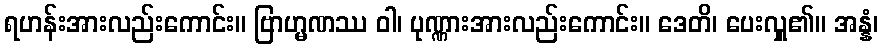
ရဟန်းအားလည်းကောင်း။ ဗြာဟ္မဏဿ ဝါ၊ ပုဏ္ဏားအားလည်းကောင်း။ ဒေတိ၊ ပေးလှူ၏။ အန္နံ၊